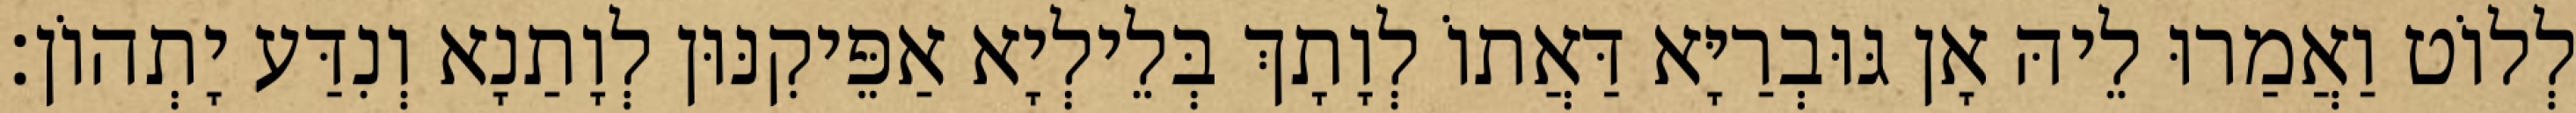
לְלוֹט וַאֲמַרוּ לֵיהּ אָן גּוּבְרַיָּא דַּאֲתוֹ לְוָתָךְ בְּלֵילְיָא אַפֵּיקִנּוּן לְוָתַנָא וְנִדַּע יָתְהוֹן׃